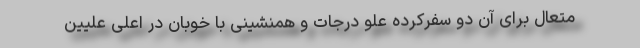
متعال برای آن دو سفرکرده علو درجات و همنشینی با خوبان در اعلی علیین